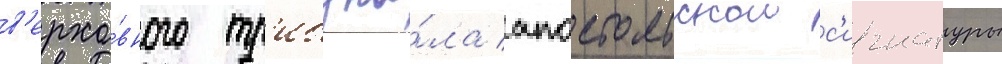
в'ерхо́вного тр'ибуна́ла апостольскои с'игнатуры